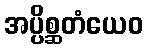
အပ္ပိစ္ဆတံယေဝ